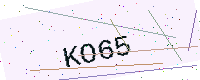
Text: KO65